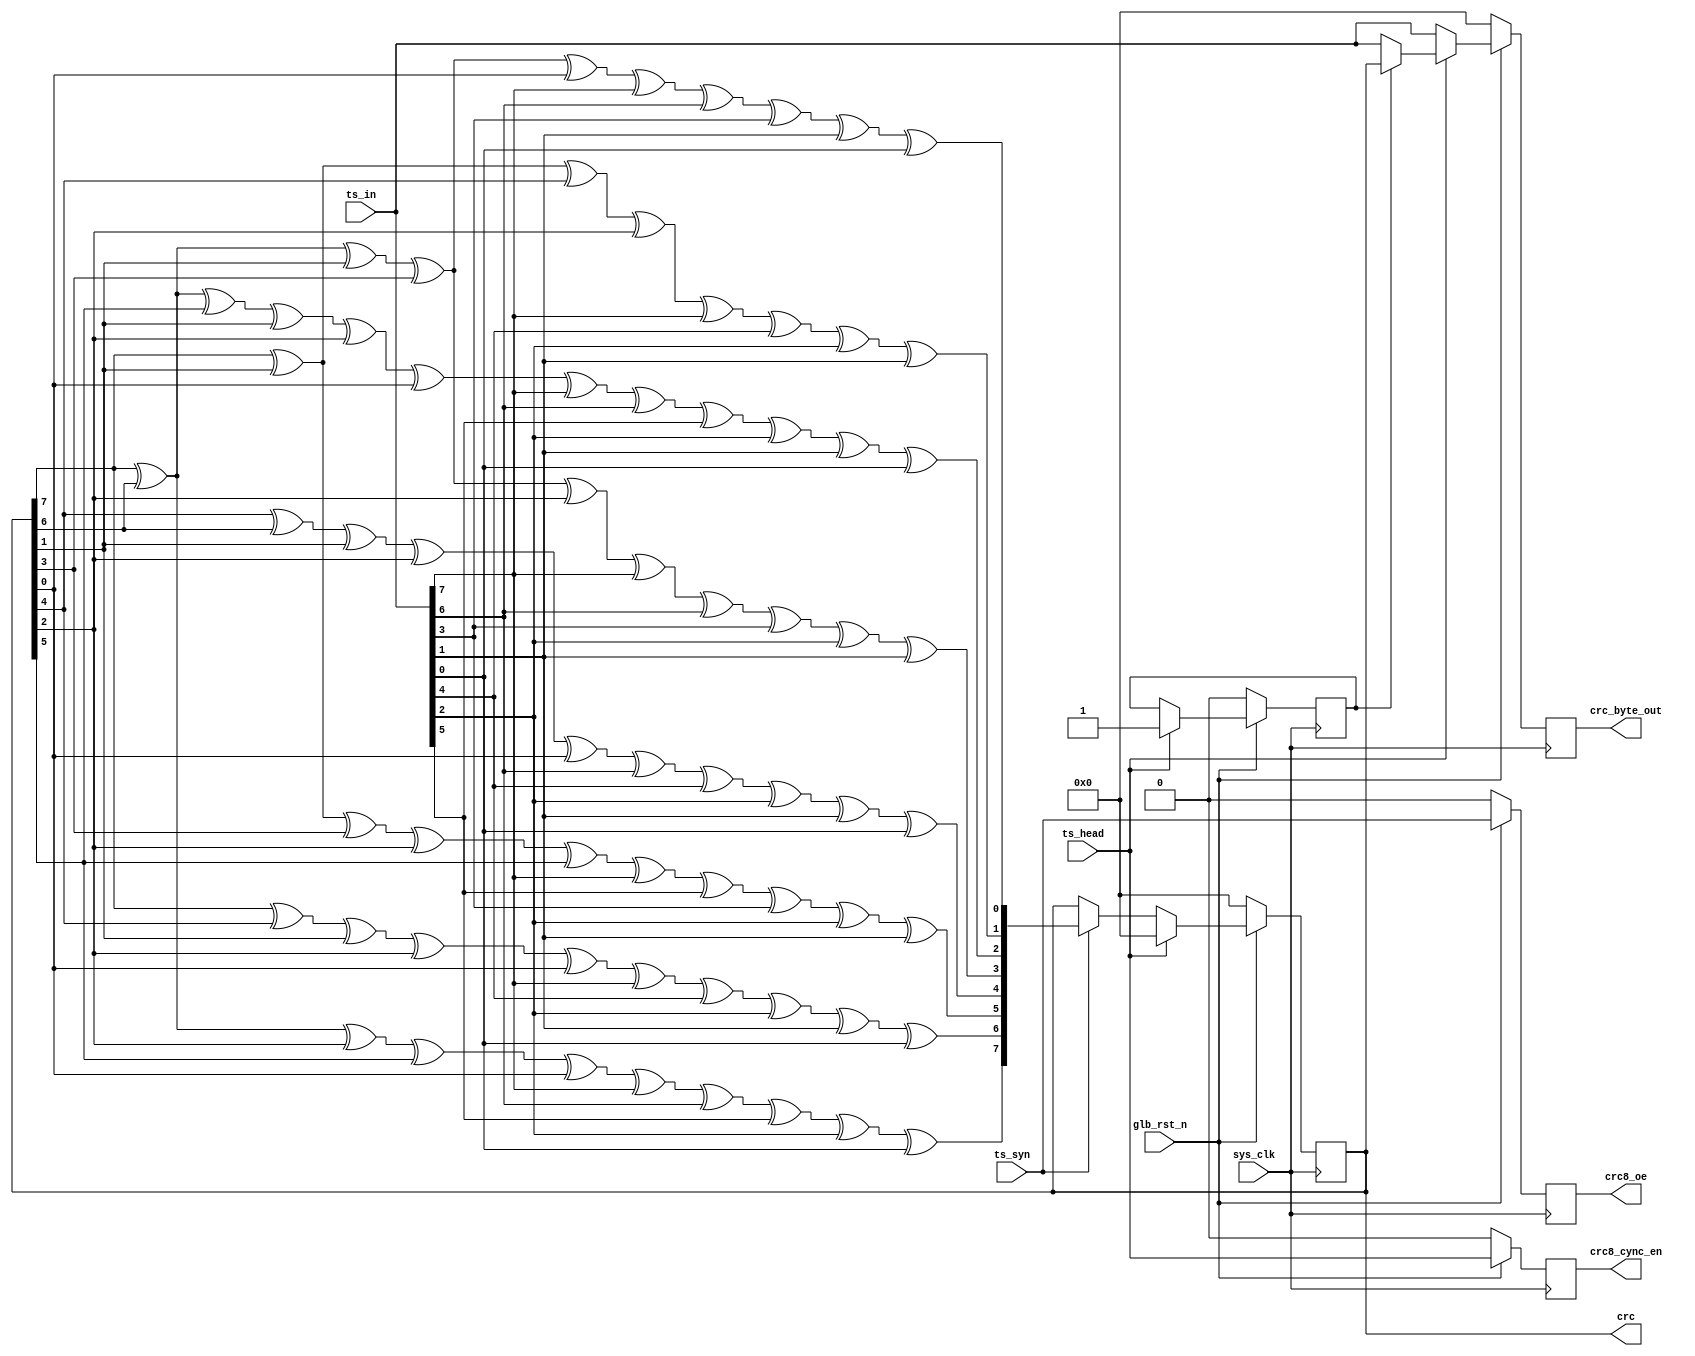
`timescale 1ns / 1ps
module crc8(
input	          							sys_clk,
input	          							glb_rst_n,
//////////////////////////////////////////////////////////////
input						[7:0]       	ts_in,// @ sys_clk
input                  					ts_syn,// @ sys_clk
input                  					ts_head,// @ sys_clk
//////////////////////////////////////////////////////////////
output  reg  								crc8_cync_en,
output  reg  								crc8_oe,
output  reg  			 [7:0]     		crc,
output  reg  			 [7:0]     		crc_byte_out
//////////////////////////////////////////////////////////////
);

parameter reg_init_val = 8'b00000000;

wire										 	tmp0;
wire										 	tmp1;
wire										 	tmp2;
wire										 	tmp3;
wire										 	tmp4;
wire										 	tmp5;
wire										 	tmp6;
wire										 	tmp7;

assign  tmp0 = crc[7]^crc[6]^crc[1]^crc[3]^crc[0]^ts_in[7]^ts_in[6]^ts_in[3]^ts_in[1]^ts_in[0];
assign  tmp1 = crc[7]^crc[1]^crc[4]^crc[2]^ts_in[7]^ts_in[4]^ts_in[2]^ts_in[1];
assign  tmp2 = crc[7]^crc[6]^crc[5]^crc[1]^crc[2]^crc[0]^ts_in[7]^ts_in[6]^ts_in[5]^ts_in[2]^ts_in[1]^ts_in[0];
assign  tmp3 = crc[7]^crc[6]^crc[1]^crc[3]^crc[2]^ts_in[7]^ts_in[6]^ts_in[3]^ts_in[2]^ts_in[1];
assign  tmp4 = crc[4]^crc[6]^crc[1]^crc[2]^crc[0]^ts_in[6]^ts_in[4]^ts_in[2]^ts_in[1]^ts_in[0];///
assign  tmp5 = crc[7]^crc[1]^crc[3]^crc[2]^crc[5]^ts_in[7]^ts_in[5]^ts_in[3]^ts_in[2]^ts_in[1];
assign  tmp6 = crc[7]^crc[4]^crc[1]^crc[2]^crc[0]^ts_in[7]^ts_in[4]^ts_in[2]^ts_in[1]^ts_in[0];
assign  tmp7 = crc[7]^crc[6]^crc[2]^crc[5]^crc[0]^ts_in[7]^ts_in[6]^ts_in[5]^ts_in[2]^ts_in[0];


always @(posedge sys_clk)begin
	if(~glb_rst_n)begin
		crc8_oe <= 1'b0;
		crc8_cync_en <= 1'b0;
	end
	else begin
		crc8_cync_en <= ts_head;
		crc8_oe <= ts_syn;
	end
end


always @(posedge sys_clk)begin
	if(~glb_rst_n)begin
		crc <= reg_init_val;
	end
	else if(ts_head)begin
		crc <= reg_init_val;
	end
	else if(ts_syn)begin
		crc <= {tmp7,tmp6,tmp5,tmp4,tmp3,tmp2,tmp1,tmp0};
	end
end


reg					first_ts_head;

always @(posedge sys_clk)begin
	if(~glb_rst_n)begin
		first_ts_head <= 1'b0;
	end
	else if(ts_head)begin
		first_ts_head <= 1'b1;
	end
end


always @(posedge sys_clk)begin
	if(~glb_rst_n)begin
		crc_byte_out <= reg_init_val;
	end
	else if(ts_head)begin
		if(first_ts_head == 1'b1)begin
			crc_byte_out <= crc;
		end
		else begin
			crc_byte_out <= ts_in;
		end
	end
	else begin
		crc_byte_out <= ts_in;
	end
end




endmodule